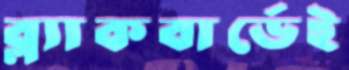
ব্ল্যাকবার্ডেই